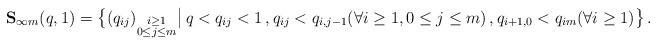
LaTeX: \begin{align*}\begin{aligned}\mathbf{S}_{\infty m} (q,1) = \big\{ (q_{ij})_{\substack{i \geq 1 \\ 0 \leq j \leq m}} \big| \, q < q_{ij} < 1 \,, q_{ij} < q_{i,j-1} (\forall i \geq 1, 0 \leq j \leq m) \,, q_{i+1,0} < q_{im} (\forall i \geq 1) \big\} \,.\end{aligned}\end{align*}